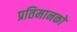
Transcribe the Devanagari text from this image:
प्रतिमानकों